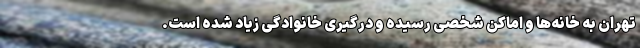
تهران به خانه‌ها و اماکن شخصی رسیده و درگیری خانوادگی زیاد شده است.